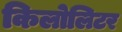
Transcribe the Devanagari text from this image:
किलोलिटर